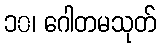
၁၀၊ ဂေါတမသုတ်